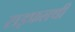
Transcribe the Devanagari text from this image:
राइफलथी